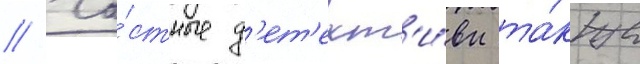
// Ча́стные д'ет'ект'и́вы та́кже